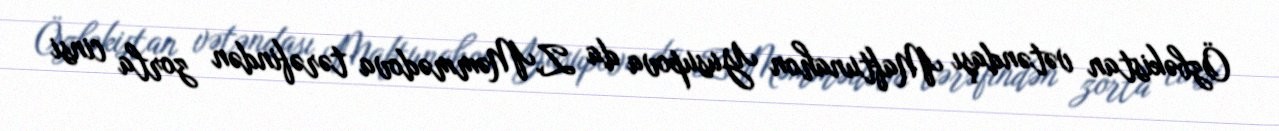
Özbəkistan vətəndaşı Maftunahon Yusupova da Z.Məmmədova tərəfindən zorla cinsi